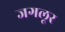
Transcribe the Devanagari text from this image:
जगलूर